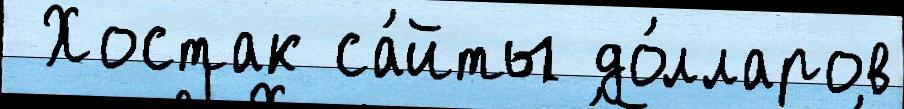
 Хостак са́йты до́лларов